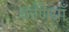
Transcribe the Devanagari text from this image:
कणियाँ